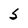
Character: S